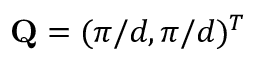
\mathbf { Q } = ( \pi / d , \pi / d ) ^ { T }